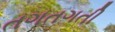
તગતગતી